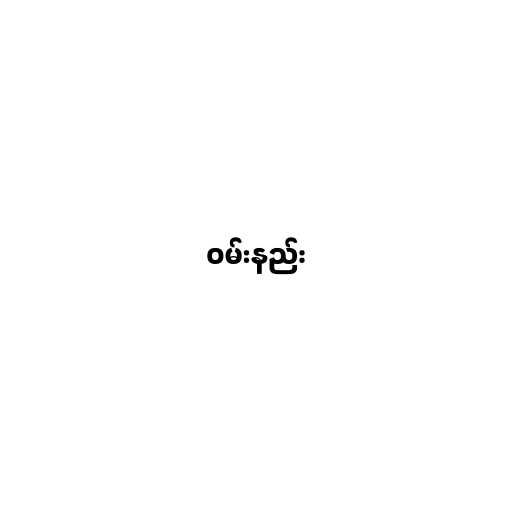
ဝမ်းနည်း